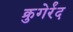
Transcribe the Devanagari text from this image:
क्रुगेर्रंद